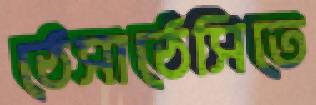
ঠেসাঠেসিতে